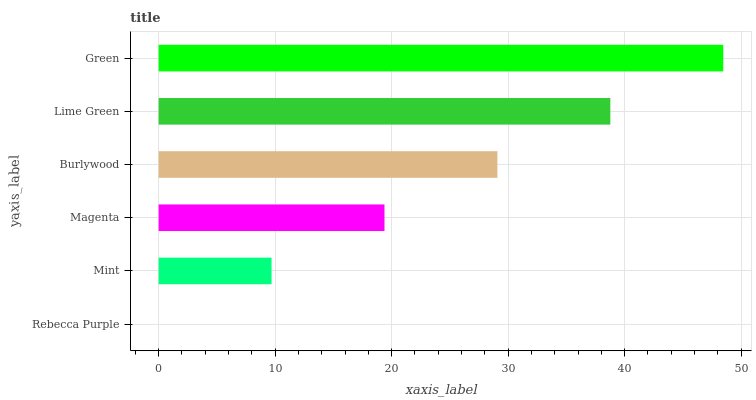
| yaxis_label | bars |
 | --- | --- |
 | Rebecca Purple | 0 |
 | Mint | 9.69 |
 | Magenta | 19.4 |
 | Burlywood | 29.1 |
 | Lime Green | 38.8 |
 | Green | 48.5 |